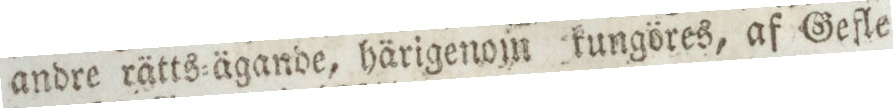
andre rätts=ägande, härigenom kungöres, af Gefle